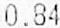
0.84